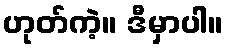
ဟုတ်ကဲ့။ ဒီမှာပါ။